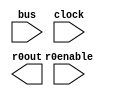
module Registradores(r0enable, bus, clock, r0out);
	input r0enable;
	input [15:0]bus;
	input clock;
	output [15:0]r0out;



endmodule